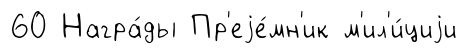
60 Награ́ды Пр'еjе́мн'ик м'ил'и́циjи